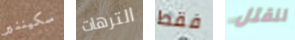
سكيننير الترهات فقط لنقتل